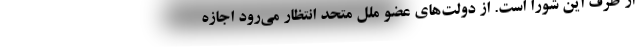
از طرف این شورا است. از دولت‌های عضو ملل متحد انتظار می‌رود اجازه